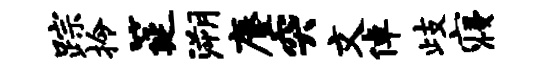
踪拎筵溯麈突文倬歧寝